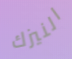
النيزك